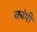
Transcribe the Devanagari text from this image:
कांपी